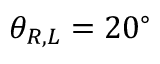
{ \theta _ { R , L } } = 2 0 ^ { \circ }